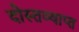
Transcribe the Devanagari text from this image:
दोस्तव्याप्त